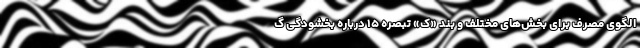
الگوی مصرف برای بخش‌های مختلف و بند «ک» تبصره ۱۵ درباره بخشودگی گ